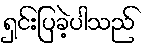
ရှင်းပြခဲ့ပါသည်